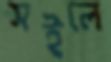
সইলে